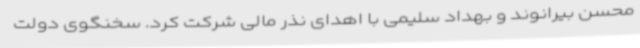
محسن بیرانوند و بهداد سلیمی با اهدای نذر مالی شرکت کرد. سخنگوی دولت